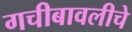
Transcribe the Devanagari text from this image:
गचीबावलीचे